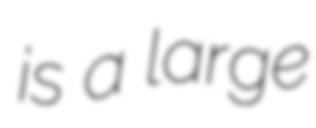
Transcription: is a large